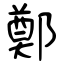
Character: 鄭